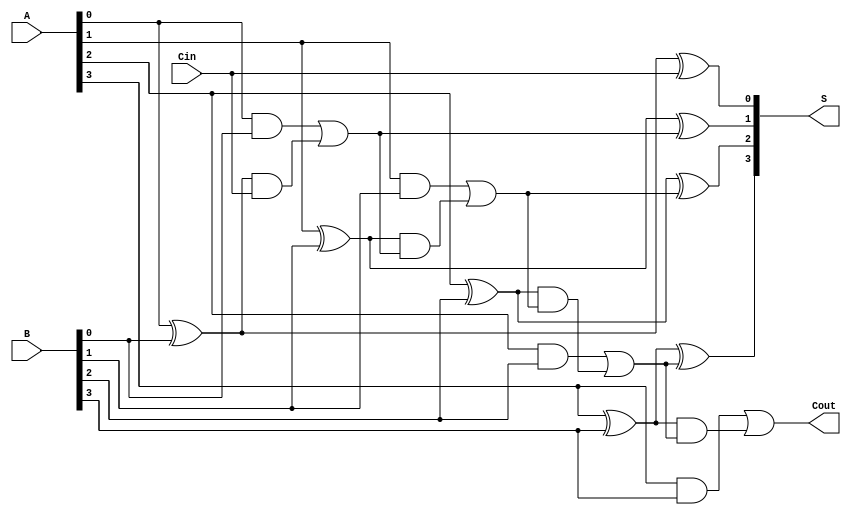
module RCLA #(parameter n = 4) (
    input  [n-1:0] A,      // First operand
    input  [n-1:0] B,      // Second operand
    input          Cin,     // Carry-in
    output [n-1:0] S,      // Sum output
    output         Cout     // Carry-out
);

    // Generate and Propagate signals
    wire [n-1:0] G; // Generate signals
    wire [n-1:0] P; // Propagate signals
    wire [n:0] C;   // Carry signals

    // Generate and Propagate calculations
    genvar i;
    generate
        for (i = 0; i < n; i = i + 1) begin : gen_prop
            assign G[i] = A[i] & B[i]; // Generate
            assign P[i] = A[i] ^ B[i]; // Propagate
        end
    endgenerate

    // Carry calculations
    assign C[0] = Cin; // Initial carry input
    generate
        for (i = 0; i < n; i = i + 1) begin : carry_calc
            assign C[i + 1] = G[i] | (P[i] & C[i]);
        end
    endgenerate

    // Sum calculations
    generate
        for (i = 0; i < n; i = i + 1) begin : sum_calc
            assign S[i] = P[i] ^ C[i]; // Sum
        end
    endgenerate

    // Carry-out
    assign Cout = C[n]; // Final carry-out

endmodule